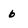
Character: 6